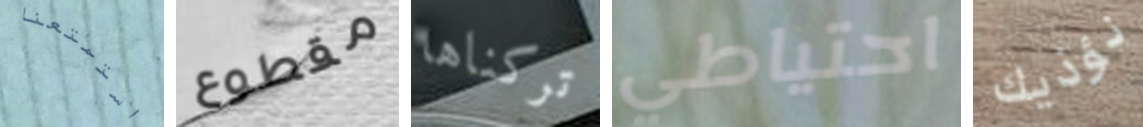
استمتعنا مقطوع تركناها احتياطي نؤذيك